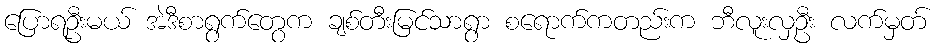
ပြောရဦးမယ် အဲဒီစာရွက်တွေက ချစ်တီးမြင်သာရွာ စရောက်ကတည်းက ဘီလူးလှဦး လက်မှတ်